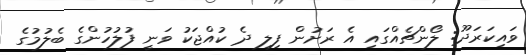
ވައިކަރަދޫ: ލޯންޗެއްގައި އެ ރަށުން ފިލި ދެ ކުއްޖަކު ވަނީ ފުލުހުންގެ ބެލުމުގެ